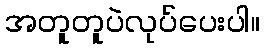
အတူတူပဲလုပ်ပေးပါ။